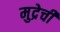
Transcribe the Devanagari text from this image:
मुद्रेची